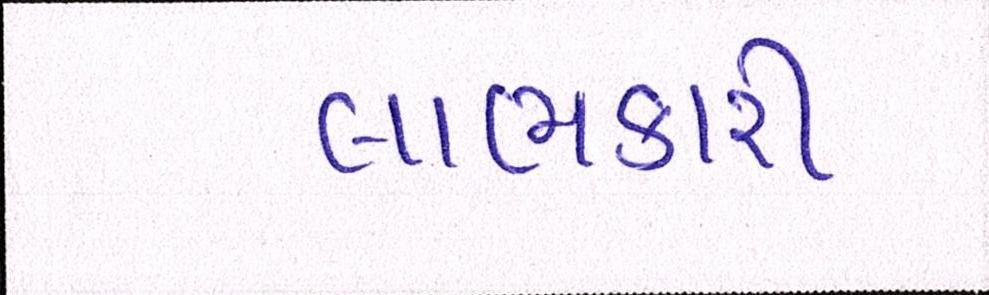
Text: લાભકારી